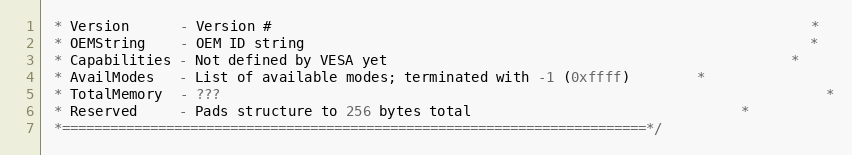
Language: C
 * Version      - Version #																*
 * OEMString    - OEM ID string															*
 * Capabilities - Not defined by VESA yet												*
 * AvailModes   - List of available modes; terminated with -1 (0xffff)		*
 * TotalMemory  - ???																		*
 * Reserved     - Pads structure to 256 bytes total								*
 *=========================================================================*/